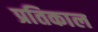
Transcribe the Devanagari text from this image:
प्रतिकाल